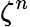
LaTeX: \zeta^{n}